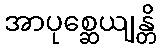
အာပုစ္ဆေယျန္တိ